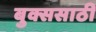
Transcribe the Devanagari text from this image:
बुक्ससाठी